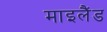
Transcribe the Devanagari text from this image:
माइलैंड